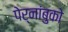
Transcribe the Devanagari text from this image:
पेर्नांबुको